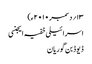
۱۳؍ دسمبر ۲۰۱۰ء)
اسرائیلی خفیہ ایجنسی
ڈیوڈ بن گوریان